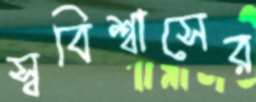
স্ববিশ্বাসের